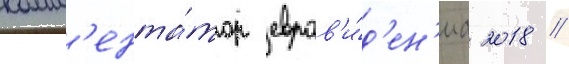
комм'ента́тор евров'и́д'ен'иа 2018 //